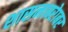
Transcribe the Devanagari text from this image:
शासनाबरेाबर